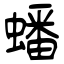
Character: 蟠